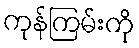
ကုန်ကြမ်းကို